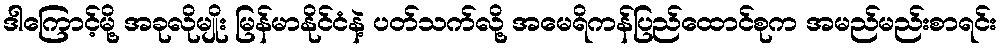
ဒါကြောင့်မို့ အခုလိုမျိုး မြန်မာနိုင်ငံနဲ့ ပတ်သက်လို့ အမေရိကန်ပြည်ထောင်စုက အမည်မည်းစာရင်း